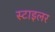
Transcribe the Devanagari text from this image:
स्टाइलर